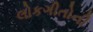
લોકગીતોની